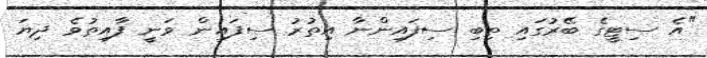
"އެ ސިޓީގެ ބޭރުގައި ތިބި ސިފައިންނާ އިތުރު ސިފައިން ވަނީ ފާއިތުވެ ދިޔަ